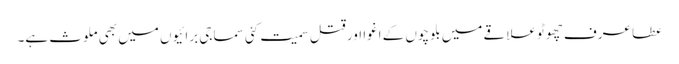
عطا عرف چھوٹو علاقے میں بلوچوں کے اغوا اور قتل سمیت کئی سماجی برائیوں میں بھی ملوث ہے۔